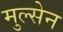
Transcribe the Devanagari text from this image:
मुल्सेन